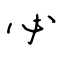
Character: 必